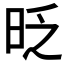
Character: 𣆅